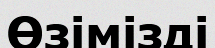
Өзімізді